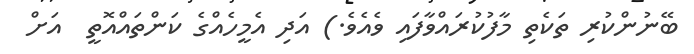
ބޭނުންކުރި ތަކެތި މާފުކުރައްވާފައި ވެއެވެ.) އަދި އެމީހެއްގެ ކަންތައްއޮތީ  އަށް